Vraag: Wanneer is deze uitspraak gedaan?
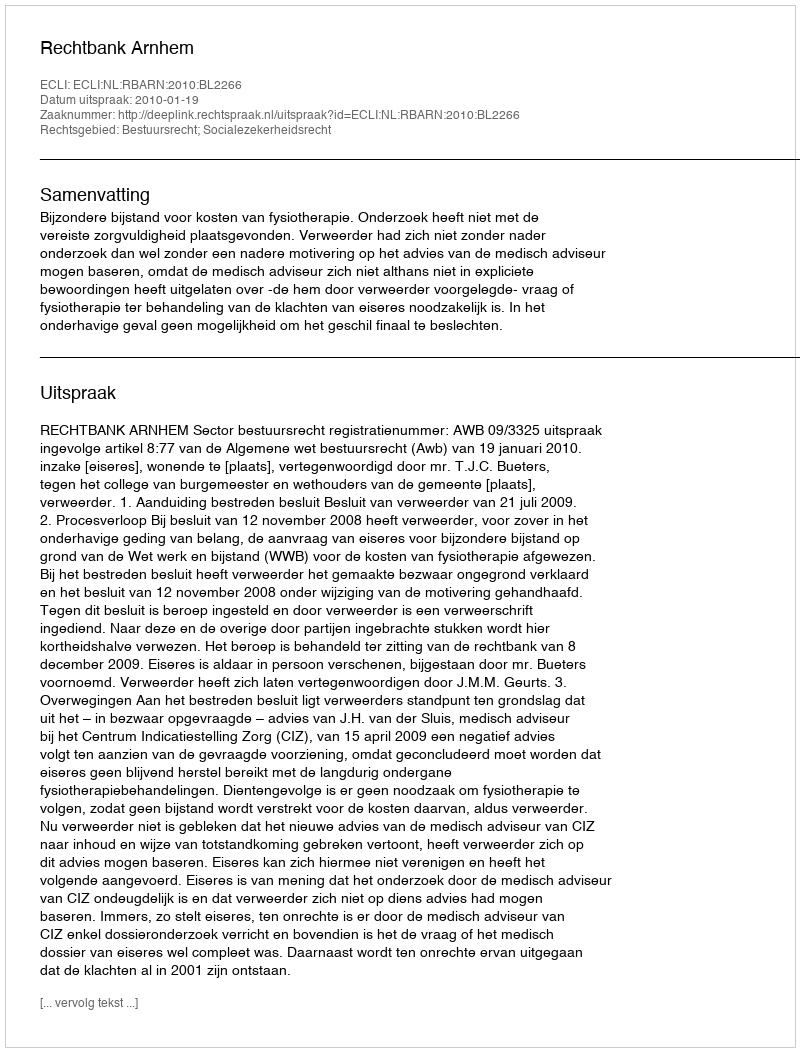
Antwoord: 2010-01-19